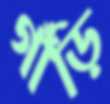
গাঁড়ি